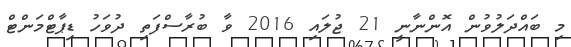
މި ބައްދަލުވުން އޮންނާނީ 21 ޖުލައި 2016 ވާ ބުރާސްފަތި ދުވަހު ޑިޕާޓްމަންޓް